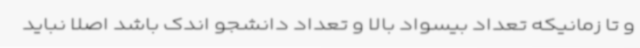
و تا زمانیکه تعداد بیسواد بالا و تعداد دانشجو اندک باشد اصلا نباید